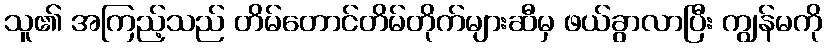
သူ၏ အကြည့်သည် တိမ်တောင်တိမ်တိုက်များဆီမှ ဖယ်ခွာလာပြီး ကျွန်မကို